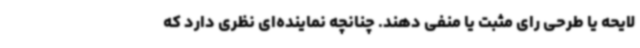
لایحه یا طرحی رای مثبت یا منفی دهند. چنانچه نماینده‌ای نظری دارد که